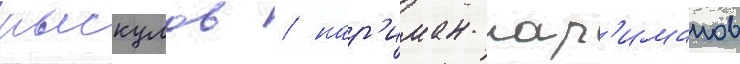
рыскулов / нар'иман нар'иманов